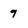
Character: q